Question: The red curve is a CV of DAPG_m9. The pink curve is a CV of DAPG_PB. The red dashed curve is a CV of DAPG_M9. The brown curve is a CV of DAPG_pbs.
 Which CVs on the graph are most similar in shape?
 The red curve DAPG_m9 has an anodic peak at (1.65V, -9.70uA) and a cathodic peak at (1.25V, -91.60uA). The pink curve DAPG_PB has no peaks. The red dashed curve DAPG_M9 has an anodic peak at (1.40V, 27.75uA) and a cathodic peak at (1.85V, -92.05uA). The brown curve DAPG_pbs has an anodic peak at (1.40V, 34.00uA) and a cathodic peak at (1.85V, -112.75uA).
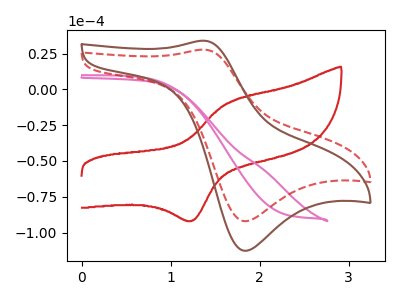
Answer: <think>"DAPG_m9" and "DAPG_PB" have a different number of peaks. "DAPG_m9" and "DAPG_M9" have at least one peak that do not match. "DAPG_m9" and "DAPG_pbs" have at least one peak that do not match. "DAPG_PB" and "DAPG_M9" have a different number of peaks. "DAPG_PB" and "DAPG_pbs" have a different number of peaks. All the peaks in "DAPG_M9" have a peak in "DAPG_pbs" at the same potential. Every peak in "DAPG_M9" is lower than every peak in "DAPG_pbs".
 </think>
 <answer>"DAPG_M9" and "DAPG_pbs" have the same shape and are likely CV's of the same chemical.</answer>
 <eval>"DAPG_M9" "DAPG_pbs"</eval>